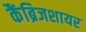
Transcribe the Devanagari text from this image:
कैंब्रिजशायर